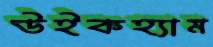
উইকহ্যাম